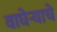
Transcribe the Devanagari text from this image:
वाघेऱ्याचे